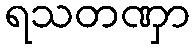
ရသတဏှာ